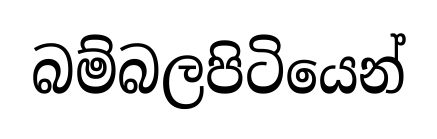
බම්බලපිටියෙන්